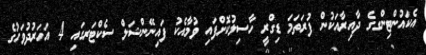
އެކައުންޓިންގގެ ދާއިރާއަކުން ފުރަތަމަ ޑިގްރީ ހާސިލުކޮށްފައި ވުމާއެކު ފައިނޭންޝަލް ސެކްޓަރގައި 4 އަހަރުދުވަހުގެ